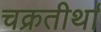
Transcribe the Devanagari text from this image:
चक्रतीर्था